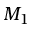
M _ { 1 }